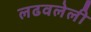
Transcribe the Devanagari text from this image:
लढवलेली